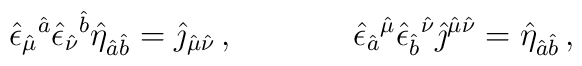
\hat{\epsilon}_{\hat{\mu}}{}^{\hat{a}}\hat{\epsilon}_{\hat{\nu}}{}^{\hat{b}}\hat{\eta}_{\hat{a}\hat{b}}=\hat{\jmath}_{\hat{\mu}\hat{\nu}}\, ,\hspace{1.5cm}\hat{\epsilon}_{\hat{a}}{}^{\hat{\mu}}\hat{\epsilon}_{\hat{b}}{}^{\hat{\nu}}\hat{\jmath}^{\hat{\mu}\hat{\nu}} = \hat{\eta}_{\hat{a}\hat{b}}\, ,